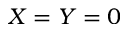
X = Y = 0